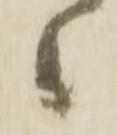
候